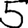
Digit: 5